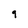
Character: 9